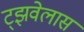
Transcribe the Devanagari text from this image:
ट्झवेलास